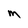
Character: M